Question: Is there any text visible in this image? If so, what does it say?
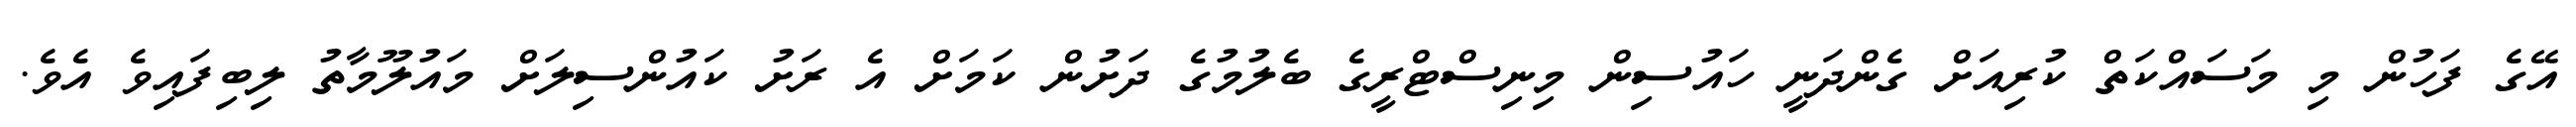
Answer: އޭގެ ފަހުން މި މަސައްކަތް ކުރިއަށް ގެންދަނީ ހައުސިން މިނިސްޓްރީގެ ބެލުމުގެ ދަށުން ކަމަށް އެ ރަށު ކައުންސިލަށް މައުލޫމާތު ލިބިފައިވެ އެވެ.